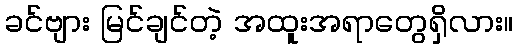
ခင်ဗျား မြင်ချင်တဲ့ အထူးအရာတွေရှိလား။